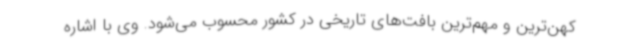
کهن‌ترین و مهم‌ترین بافت‌های تاریخی در کشور محسوب می‌شود. وی با اشاره